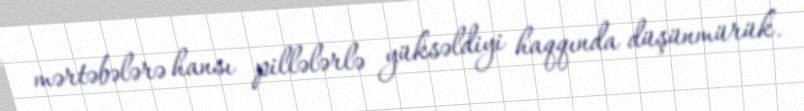
mərtəbələrə hansı pillələrlə yüksəldiyi haqqında düşünmürük.